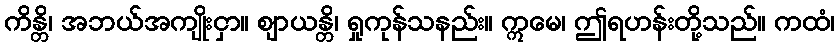
ကိန္တိ၊ အဘယ်အကျိုးငှာ။ ဈာယန္တိ၊ ရှုကုန်သနည်း။ ဣမေ၊ ဤရဟန်းတို့သည်။ ကထံ၊